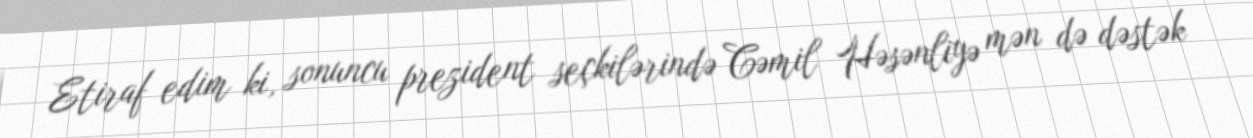
Etiraf edim ki, sonuncu prezident seçkilərində Cəmil Həsənliyə mən də dəstək